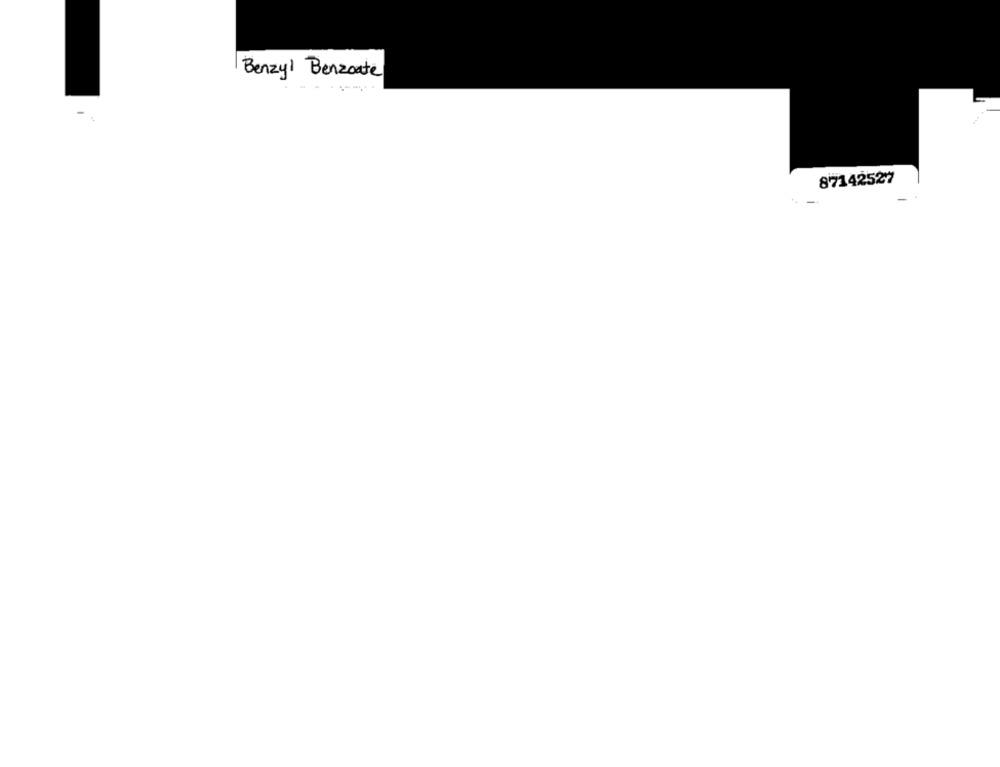
Benzyl Benzoate
87142527